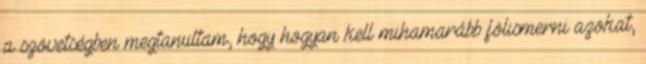
a szövetségben megtanultam, hogy hogyan kell mihamarább fölismerni azokat,